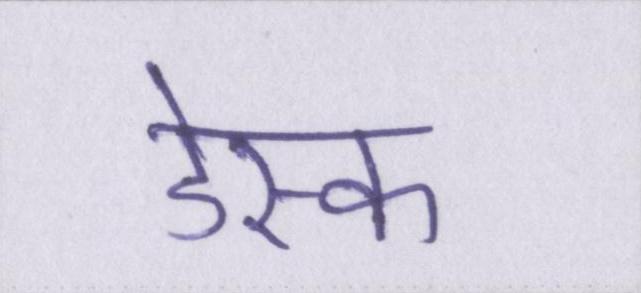
डेस्क